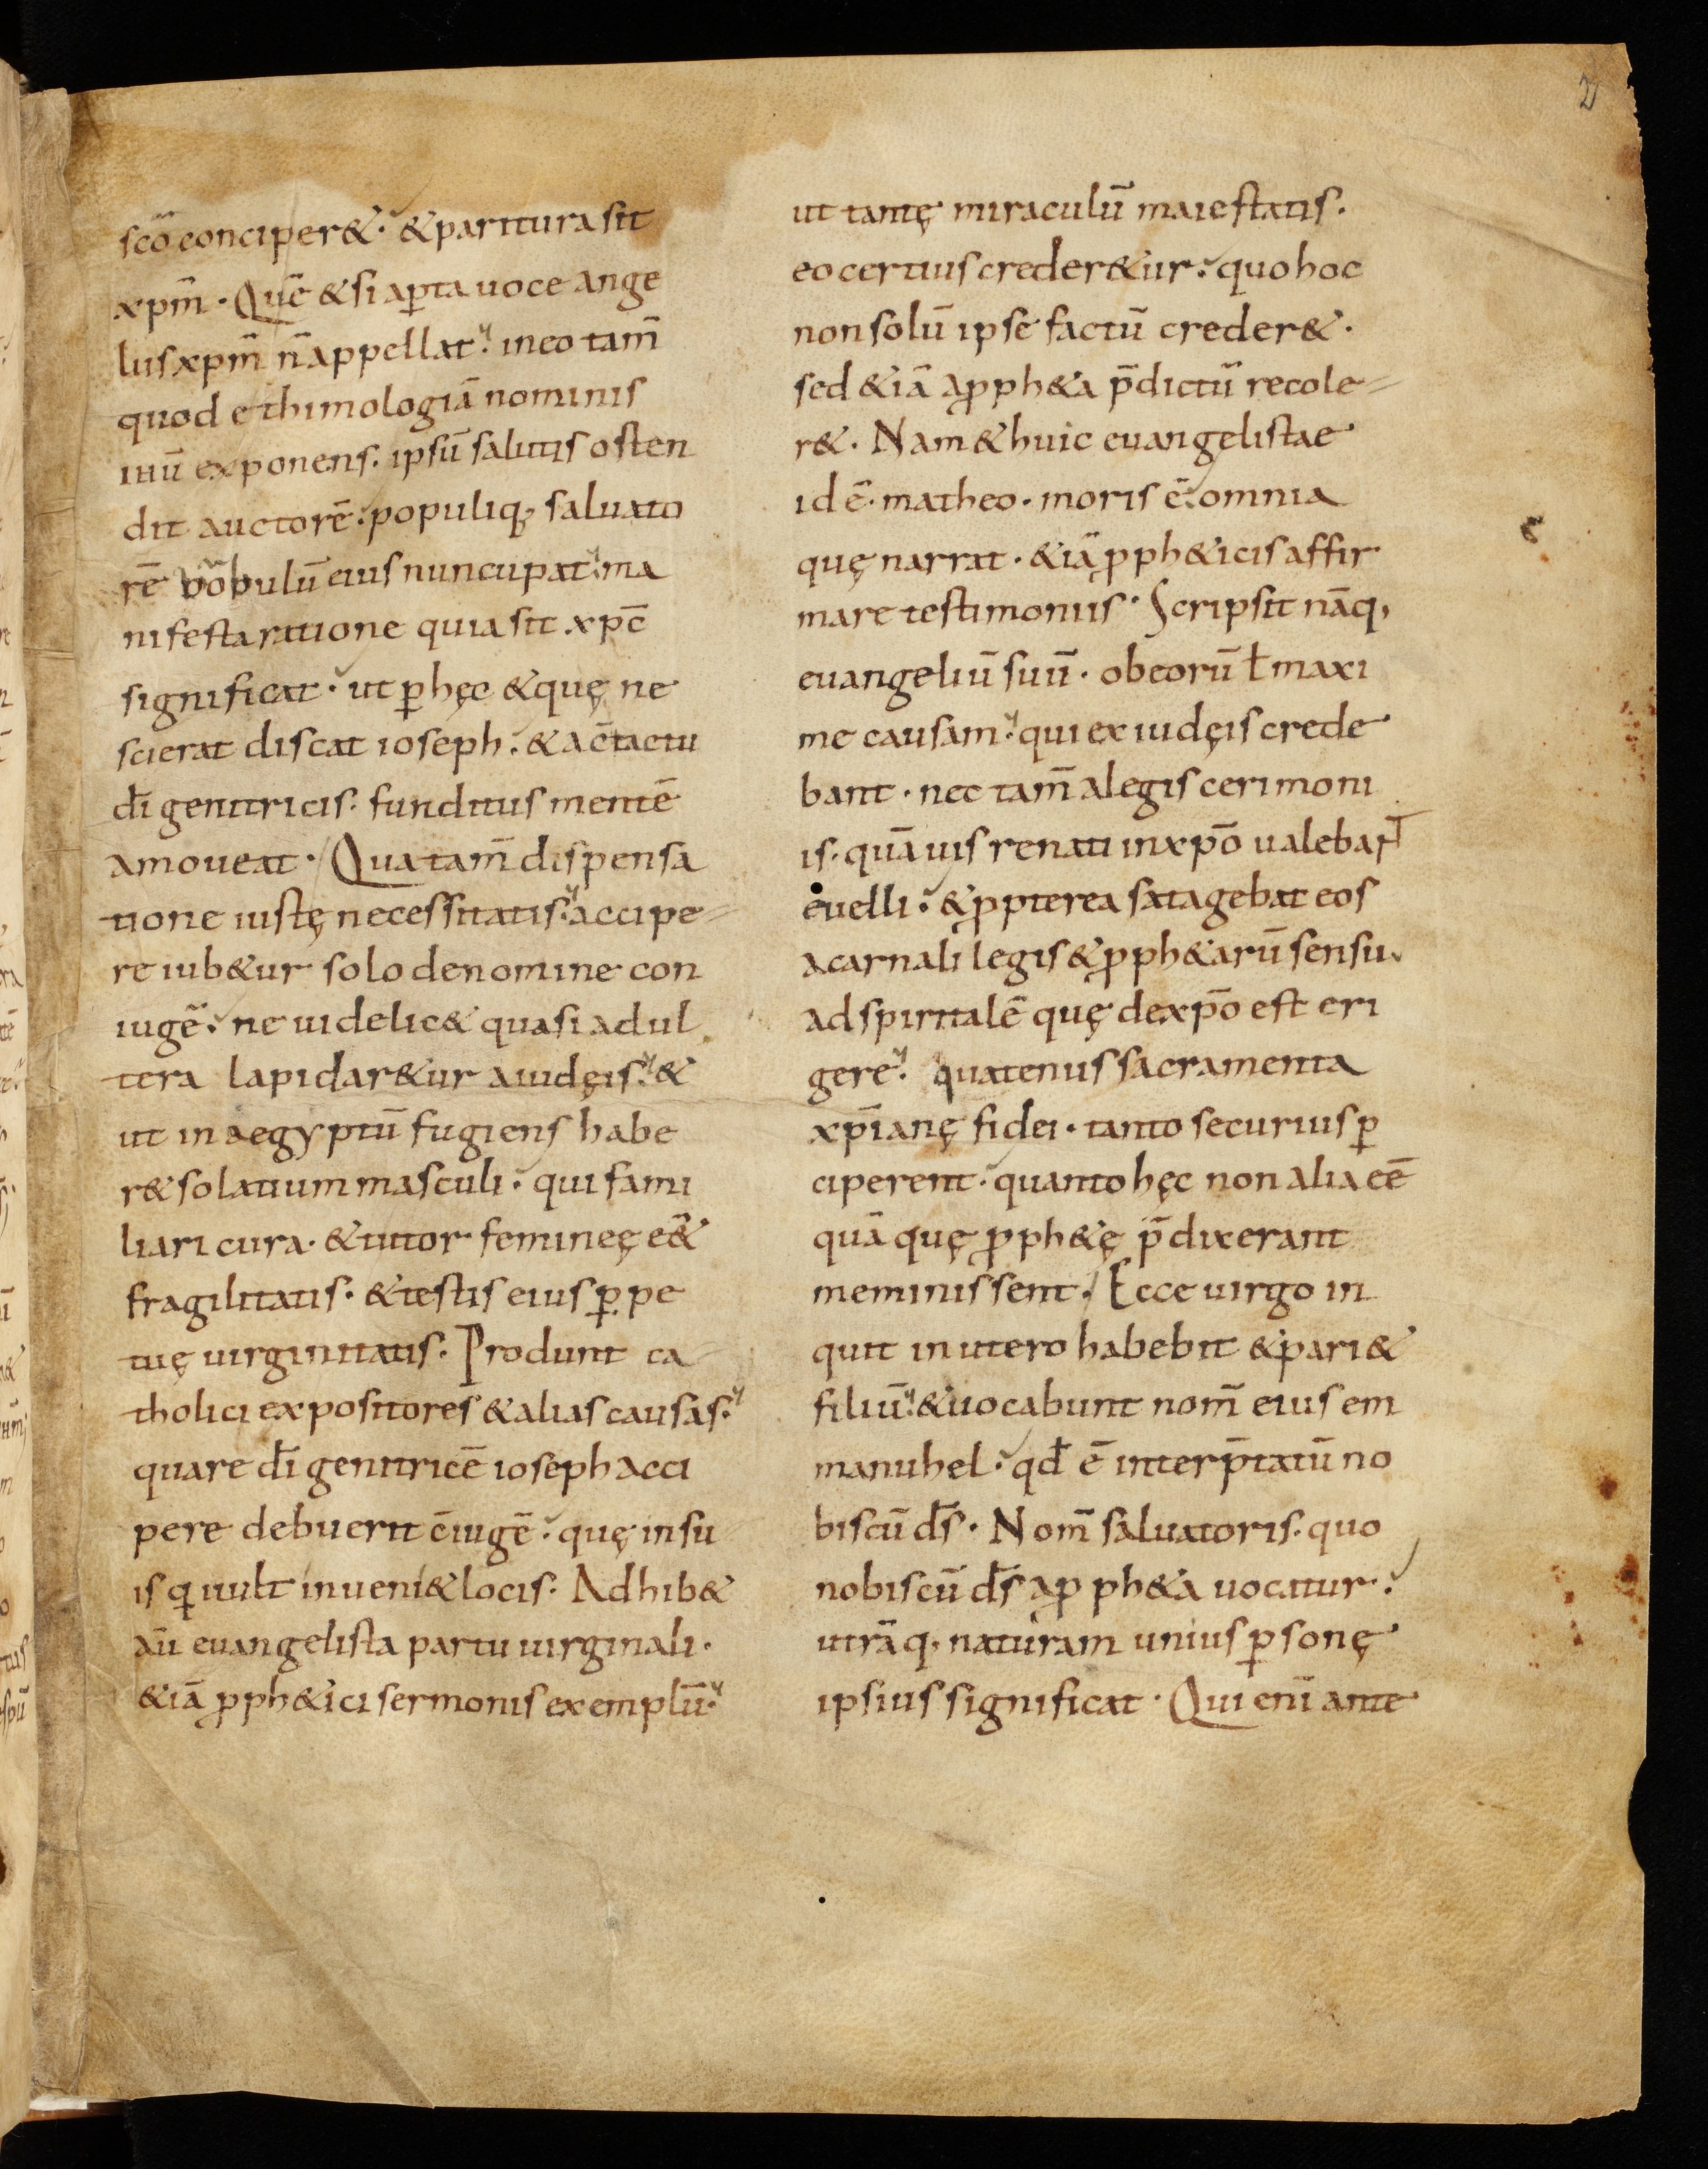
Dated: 900–930